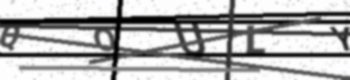
Text: QOULY